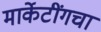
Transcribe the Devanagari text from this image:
मार्केटींगचा